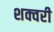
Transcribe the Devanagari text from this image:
शक्वरी